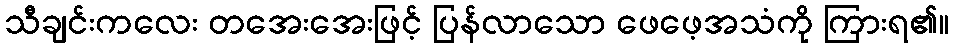
သီချင်းကလေး တအေးအေးဖြင့် ပြန်လာသော ဖေဖေ့အသံကို ကြားရ၏။